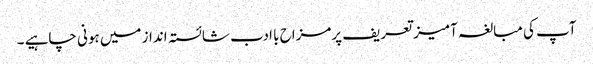
آپ کی مبالغہ آمیز تعریف پرمزاح با ادب شائستہ انداز میں ہونی چاہیے ۔